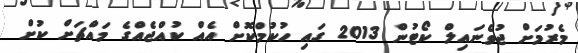
މެރުމަށް ޖުވެނައިލް ކޯޓުން 2013 ގައި ހުކުމްކޮށް އެއް ކުއްޖެއްގެ މައްޗަށް ކުށް